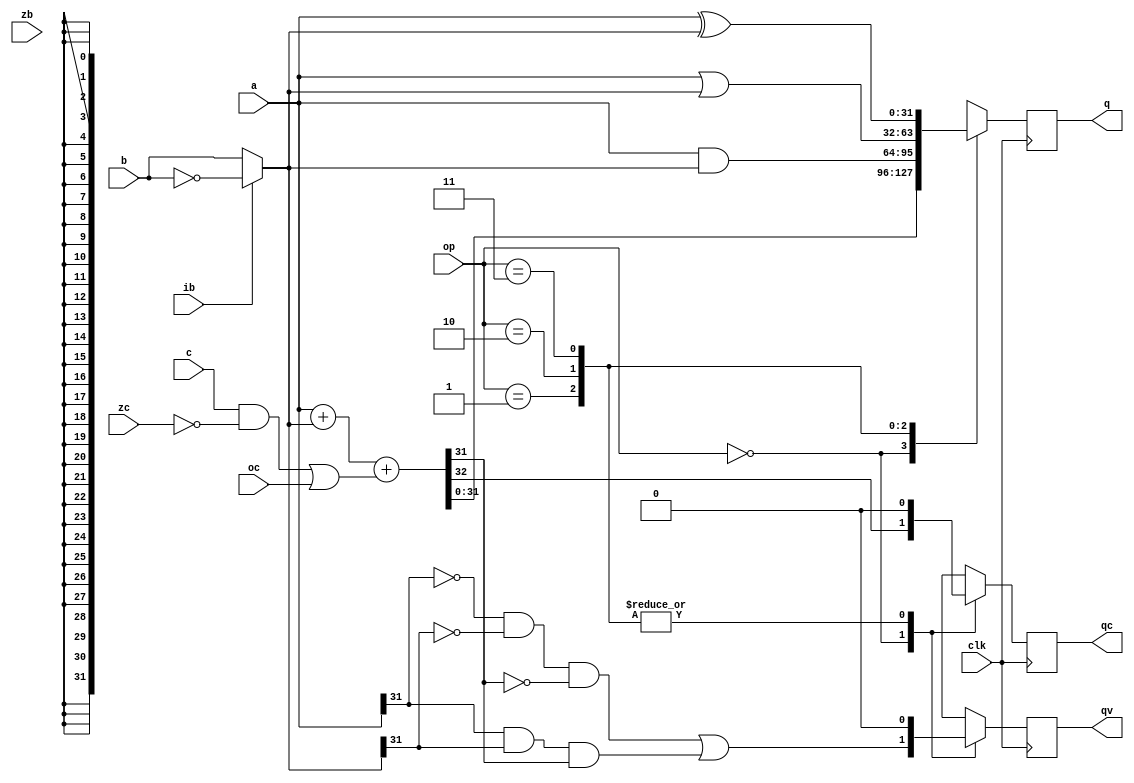
`timescale 1ns / 1ps
`default_nettype none
//////////////////////////////////////////////////////////////////////////////////
// Company: 
// Engineer: 
// 
// Design Name: 
// Module Name:    alu 
// Project Name: 
// Target Devices: 
// Tool versions: 
// Description: 
//
// Dependencies: 
//
// Revision: 
// Revision 0.01 - File Created
// Additional Comments: 
//
//////////////////////////////////////////////////////////////////////////////////
module alu(
	input wire clk,

	// Operands
	input wire [31:0] a,
	input wire [31:0] b,

	// Incoming carry
	input wire c,

	// Result
	output reg [31:0] q,

	// Result carry
	output reg qc,

	// Result overflow
	output reg qv,

	// zero b
	input wire zb,

	// invert b
	input wire ib,

	// zero incoming carry
	input wire zc,

	// force incoming carry to 1
	input wire oc,

	// Operation
	input wire [1:0] op
);

// Instructions
//          | zb | ib | c | op
//  mov     |  1 |  0 | 0 | 00 
//  add     |  0 |  0 | 0 |  "
//  adc     |  0 |  0 | c |  "
//  sbb     |  0 |  1 | c |  "
//  cmpc    |    |    | c |  "
//  sub     |  0 |  1 | 1 |  "
//  cmp     |  0 |  1 | 1 |  "

//  or      |  0 |  0 | x | 01
//  orn     |  0 |  0 | x |  "

//  and     |  0 |  0 | x | 10
//  andn    |  0 |  1 | x |  "
//  test    |  0 |  0 | x |  "
//  testn   |  0 |  1 | x |  "

//  xor     |  0 |  0 | x | 11
//  xorn    |  0 |  1 | x |  "
//  not     |  1 |  1 | x |  "

wire [31:0] b_az = zb ? 31'b0 : b;
wire [31:0] b_ai = ib ? ~b : b;
wire [31:0] rhs = b_ai;

localparam OP_ADC  = 2'b00;	// q = a + b + c
localparam OP_AND  = 2'b01;	// q = a & b
localparam OP_OR   = 2'b10;	// q = a | b
localparam OP_XOR  = 2'b11;	// q = a ^ b

wire [31:0] lhs = a;

wire ic = (c & ~zc) | oc;

wire [32:0] sum = lhs + rhs + ic;

wire lhs_sign = lhs[31];
wire rhs_sign = rhs[31];
wire sum_sign = sum[31];
wire both_pos = ~lhs_sign & ~rhs_sign;
wire both_neg = lhs_sign & rhs_sign;

always @(posedge clk)
begin
	case (op)
	OP_ADC: begin
		q <= sum[31:0];
		qc <= sum[32];
		
		// Overflow when
		//  both inputs are positive and result is negative,
		//  or,
		//  both inputs are negative and result is positive
		qv <= (both_pos & ~sum_sign) |
			(both_neg & sum_sign);
	end
	
	OP_AND: begin
		q <= lhs & rhs;
		qc <= 1'b0;
		qv <= 1'b0;		
	end
	
	OP_OR: begin
		q <= lhs | rhs;
		qc <= 1'b0;
		qv <= 1'b0;
	end

	OP_XOR: begin
		q <= lhs ^ rhs;
		qc <= 1'b0;
		qv <= 1'b0;
	end
	
	endcase
end

endmodule